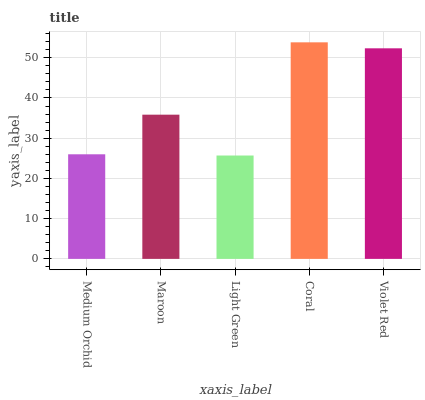
| xaxis_label | bars |
 | --- | --- |
 | Medium Orchid | 26 |
 | Maroon | 35.9 |
 | Light Green | 25.7 |
 | Coral | 53.8 |
 | Violet Red | 52.4 |